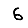
Digit: 6